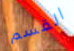
القسم